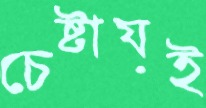
চেষ্টায়ই